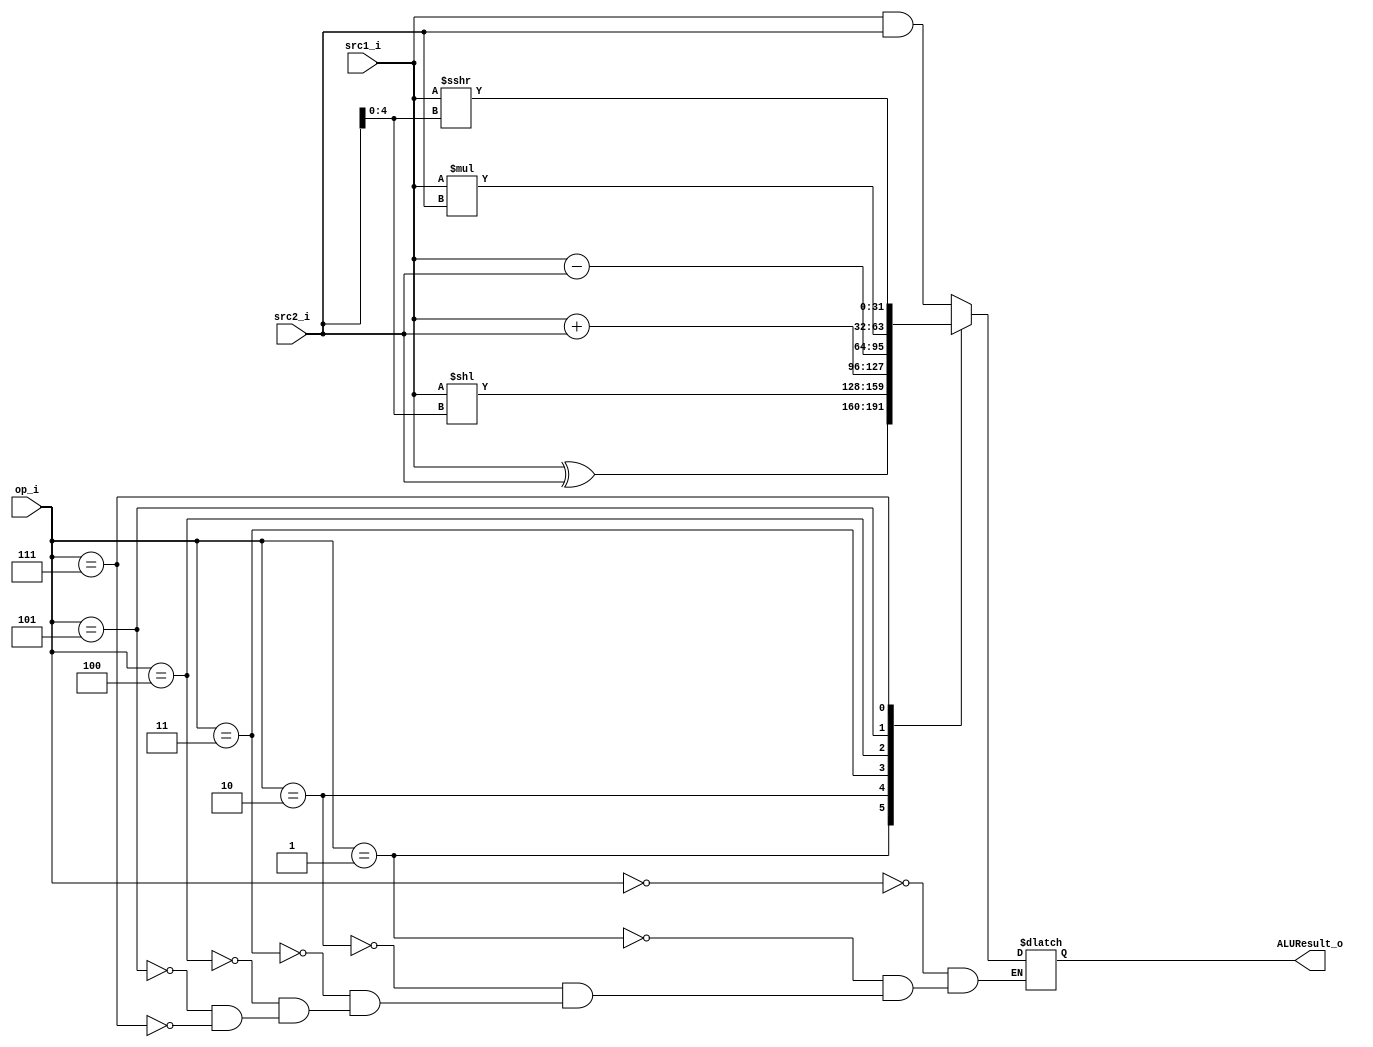
module ALU
(
    op_i,
    src1_i,
    src2_i,
    ALUResult_o
);

input [2:0] op_i;
input signed [31:0] src1_i;
input signed [31:0] src2_i;
output [31:0] ALUResult_o;

reg [31:0] tmpResult;

always @(*) begin
    case(op_i)
        3'b000: tmpResult = src1_i & src2_i;
        3'b001: tmpResult = src1_i ^ src2_i;
        3'b010: tmpResult = src1_i << src2_i[4:0];
        3'b011: tmpResult = src1_i + src2_i;
        3'b100: tmpResult = src1_i - src2_i;
        3'b101: tmpResult = src1_i * src2_i;
        3'b111: tmpResult = src1_i >>> src2_i[4:0];
    endcase
end

assign ALUResult_o = tmpResult;

endmodule